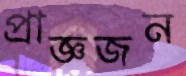
প্রাজ্ঞজন